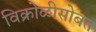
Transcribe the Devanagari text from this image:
विक्रोळीसोबत